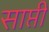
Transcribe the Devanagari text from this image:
साप्ती